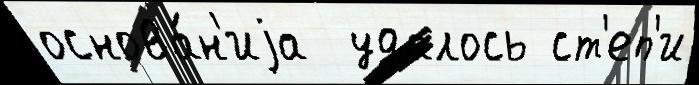
основа́н'иjа  удалось ст'еп'и